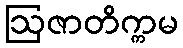
ဩဇာတိက္ကမ